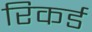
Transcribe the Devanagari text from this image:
रिकर्ड